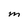
Character: m